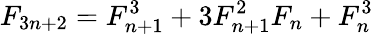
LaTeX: F_{3n+2}=F_{n+1}^{3}+3F_{n+1}^{2}F_{n}+F_{n}^{3}